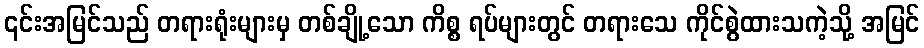
၎င်းအမြင်သည် တရားရုံးများမှ တစ်ချို့သော ကိစ္စ ရပ်များတွင် တရားသေ ကိုင်စွဲထားသကဲ့သို့ အမြင်